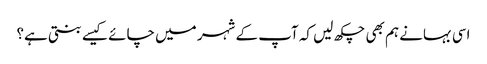
اسی بہانے ہم بھی چکھ لیں کہ آپ کے شہر میں چائے کیسے بنتی ہے؟